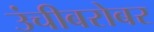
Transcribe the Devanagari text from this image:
उंचीबरोबर